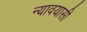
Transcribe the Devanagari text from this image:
न्यावयासी